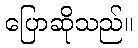
ပြောဆိုသည်။